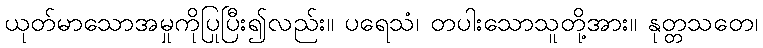
ယုတ်မာသောအမှုကိုပြုပြီး၍လည်း။ ပရေသံ၊ တပါးသောသူတို့အား။ နုတ္တသတေ၊